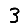
Digit: 3